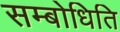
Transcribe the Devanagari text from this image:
सम्बोधिति